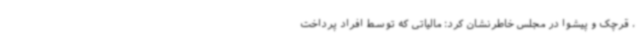
، قرچک و پیشوا در مجلس خاطرنشان کرد: مالیاتی که توسط افراد پرداخت